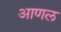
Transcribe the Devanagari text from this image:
आणल